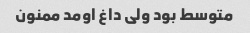
متوسط بود ولی داغ اومد ممنون